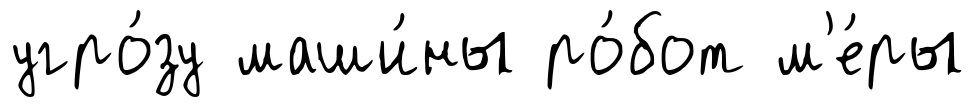
угро́зу маши́ны ро́бот м'е́ры